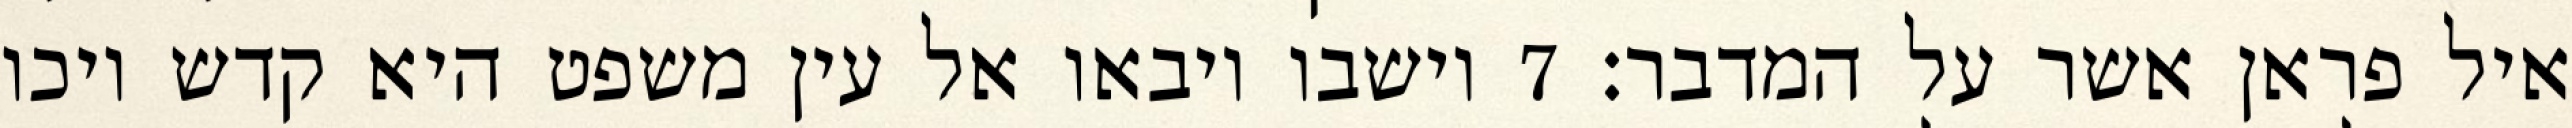
איל פראן אשר על המדבר׃ ‎7‏ וישבו ויבאו אל עין משפט היא קדש ויכו